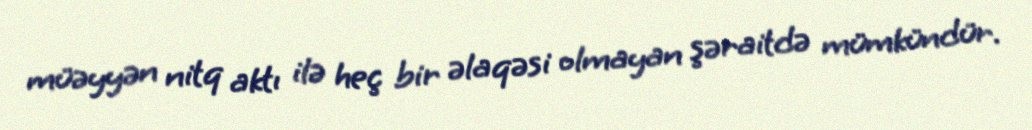
müəyyən nitq aktı ilə heç bir əlaqəsi olmayan şəraitdə mümkündür.